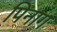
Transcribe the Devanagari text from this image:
पिनाग